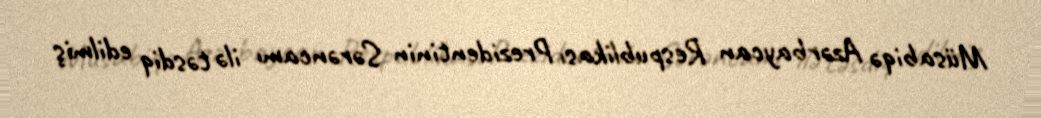
Müsabiqə Azərbaycan Respublikası Prezidentinin Sərəncamı ilə təsdiq edilmiş